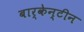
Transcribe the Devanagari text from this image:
बार्केन्टीन